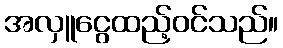
အလှူငွေထည့်ဝင်သည်။